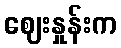
ဈေးနှုန်းက